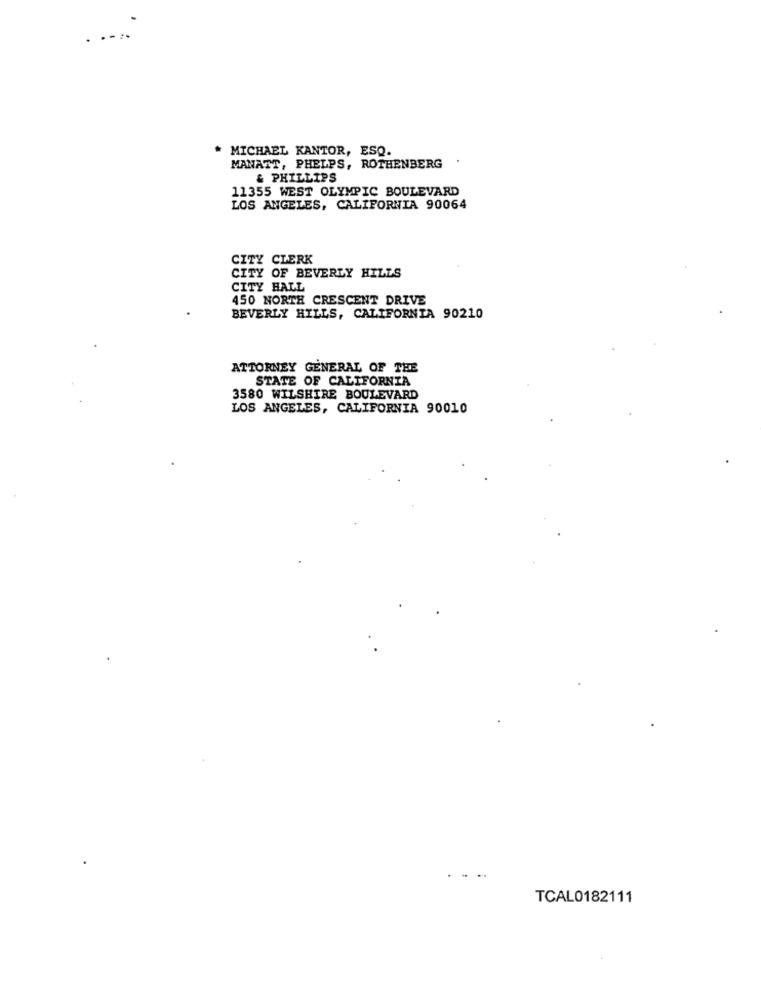
MICHAEL KANTOR, ESQ.
MANATT, PHELPS, ROTHENBERG
& PHILLIPS
11355 WEST OLYMPIC BOULEVARD
LOS ANGELES, CALIFORNIA 90064
CITY CLERK
CITY OF BEVERLY HILLS
CITY HALL
450 NORTH CRESCENT DRIVE
BEVERLY HILLS, CALIFORNIA 90210
ATTORNEY GENERAL OF THE
STATE OF CALIFORNIA
3580 WILSHIRE BOULEVARD
LOS ANGELES, CALIFORNIA 90010
TCAL0182111